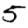
Digit: 5